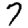
Digit: 7